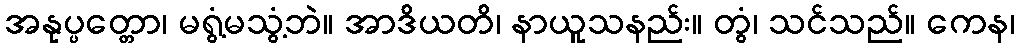
အနုပ္ပတ္တော၊ မရွံ့မသွံ့ဘဲ။ အာဒိယတိ၊ နာယူသနည်း။ တွံ၊ သင်သည်။ ကေန၊